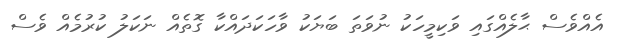
އެއްވެސް ޙާލެއްގައި ވަކިމީހަކު ނުވަތަ ބަޔަކު ވާހަކަދައްކާ ގޮތެއް ނަކަލު ކުރުމެއް ވެސް